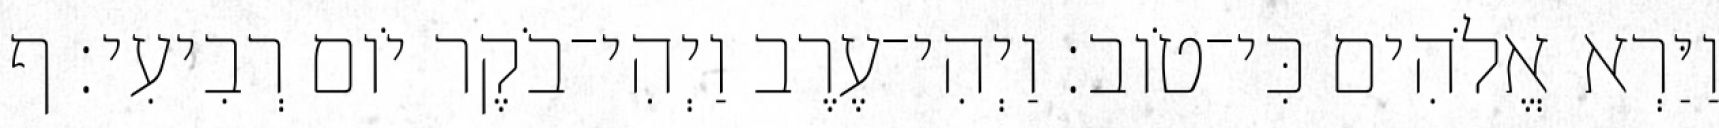
וַיַּרְא אֱלֹהִים כִּי־טֹוב׃ וַיְהִי־עֶרֶב וַיְהִי־בֹקֶר יֹום רְבִיעִי׃ ף